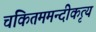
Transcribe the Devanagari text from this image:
चकितममन्दीकृत्य